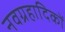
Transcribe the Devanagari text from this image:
नवग्रहादिकों